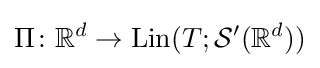
\Pi \colon \mathbb {R} ^{d}\to \mathrm {Lin} (T;{\mathcal {S}}'(\mathbb {R} ^{d}))